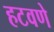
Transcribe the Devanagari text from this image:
हटवणे